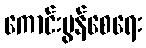
ကောင်းမွန်စေရေး